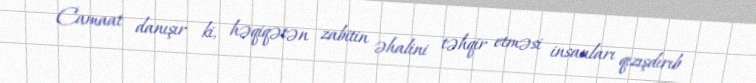
Camaat danışır ki, həqiqətən zabitin əhalini təhqir etməsi insanları qızışdırıb